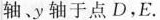
轴﹑y轴于点D，E。